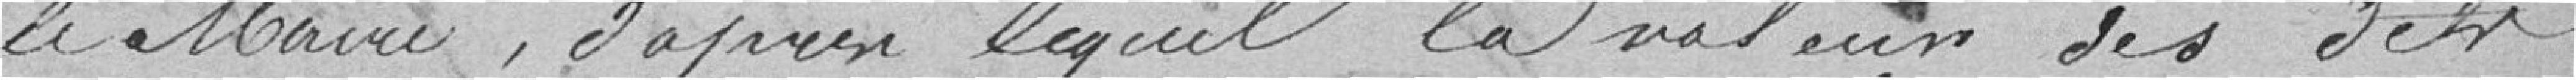
Le Maire, d'après lequel la valeur des dits